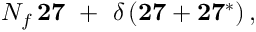
N _ { f } \, { \bf 2 7 } \ + \ \delta \, ( { \bf 2 7 } + { \bf 2 7 ^ { * } } ) \, ,